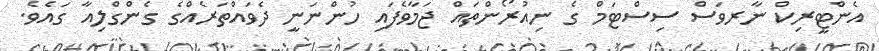
އެންޓީރިކް ނާރވަސް ސިސްޓަމް ގެ ނިއުރޯންތައް ޖަމާވެފައި ހުންނަނީ ދެވައްތަރެއްގެ ގެންގްލިއާ ގައެވެ.